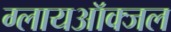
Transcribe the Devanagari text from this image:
ग्लायऑक्जल